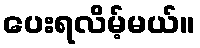
ပေးရလိမ့်မယ်။